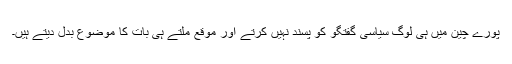
پورے چین میں ہی لوگ سیاسی گفتگو کو پسند نہیں کرتے اور موقع ملتے ہی بات کا موضوع بدل دیتے ہیں۔